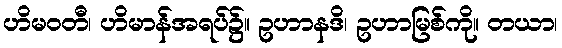
ဟိမဝတီ၊ ဟိမာန်အရပ်၌။ ဥဟာနဒိ၊ ဥဟာမြစ်ကို။ တယာ၊